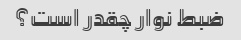
ضبط نوار چقدر است؟